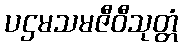
ပဌမသမဇီဝီသုတ္တံ